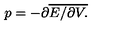
p = - \partial \overline { { E / \partial V . } }